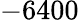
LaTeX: -6400